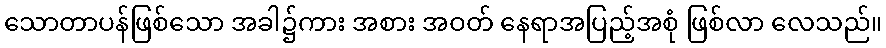
သောတာပန်ဖြစ်သော အခါ၌ကား အစား အဝတ် နေရာအပြည့်အစုံ ဖြစ်လာ လေသည်။